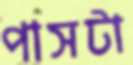
পাসটা